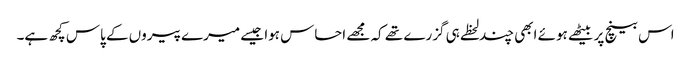
اس بینچ پر بیٹھے ہوئے ابھی چند لحظے ہی گزرے تھے کہ مجھے احساس ہوا جیسے میرے پیروں کے پاس کچھ ہے۔